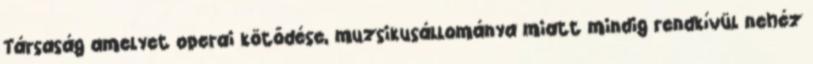
Társaság amelyet operai kötődése, muzsikusállománya miatt mindig rendkívül nehéz